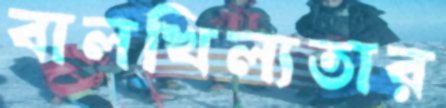
বালখিল্যতার